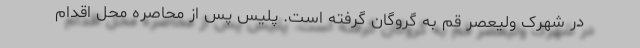
در شهرک ولیعصر قم به گروگان گرفته است. پلیس پس از محاصره محل اقدام